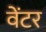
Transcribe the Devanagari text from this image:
वेंटर